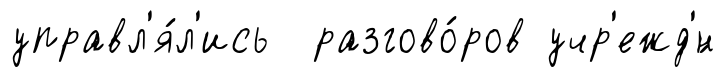
управл'я́л'ись разгово́ров учр'ежд'́н